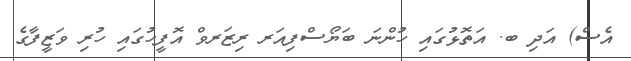
އެސް) އަދި ބ. އަތޮޅުގައި ހުންނަ ބަޔޯސްފިއަރ ރިޒަރވް އޮފީހުގައި ހުރި ވަޒީފާގެ